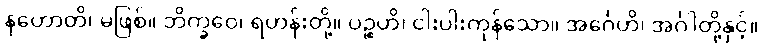
နဟောတိ၊ မဖြစ်။ ဘိက္ခဝေ၊ ရဟန်းတို့။ ပဉ္စဟိ၊ ငါးပါးကုန်သော။ အင်္ဂေဟိ၊ အင်္ဂါတို့နှင့်။